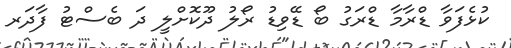
ކުޅެފަވާ ޑްރާމާ ޑްރަގު ބޯ ޑޭވިޑު ރޯލު ދޫކޮށްލީ ދަ ބެސްޓު ފާދަރ